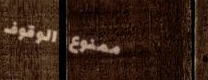
ممنوع الوقوف